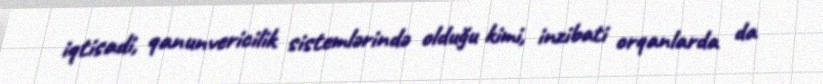
iqtisadi, qanunvericilik sistemlərində olduğu kimi, inzibati orqanlarda da